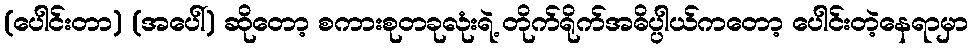
(ပေါင်းတာ) (အပေါ်) ဆိုတော့ စကားစုတခုလုံးရဲ့ တိုက်ရိုက်အဓိပ္ပါယ်ကတော့ ပေါင်းတဲ့နေရာမှာ